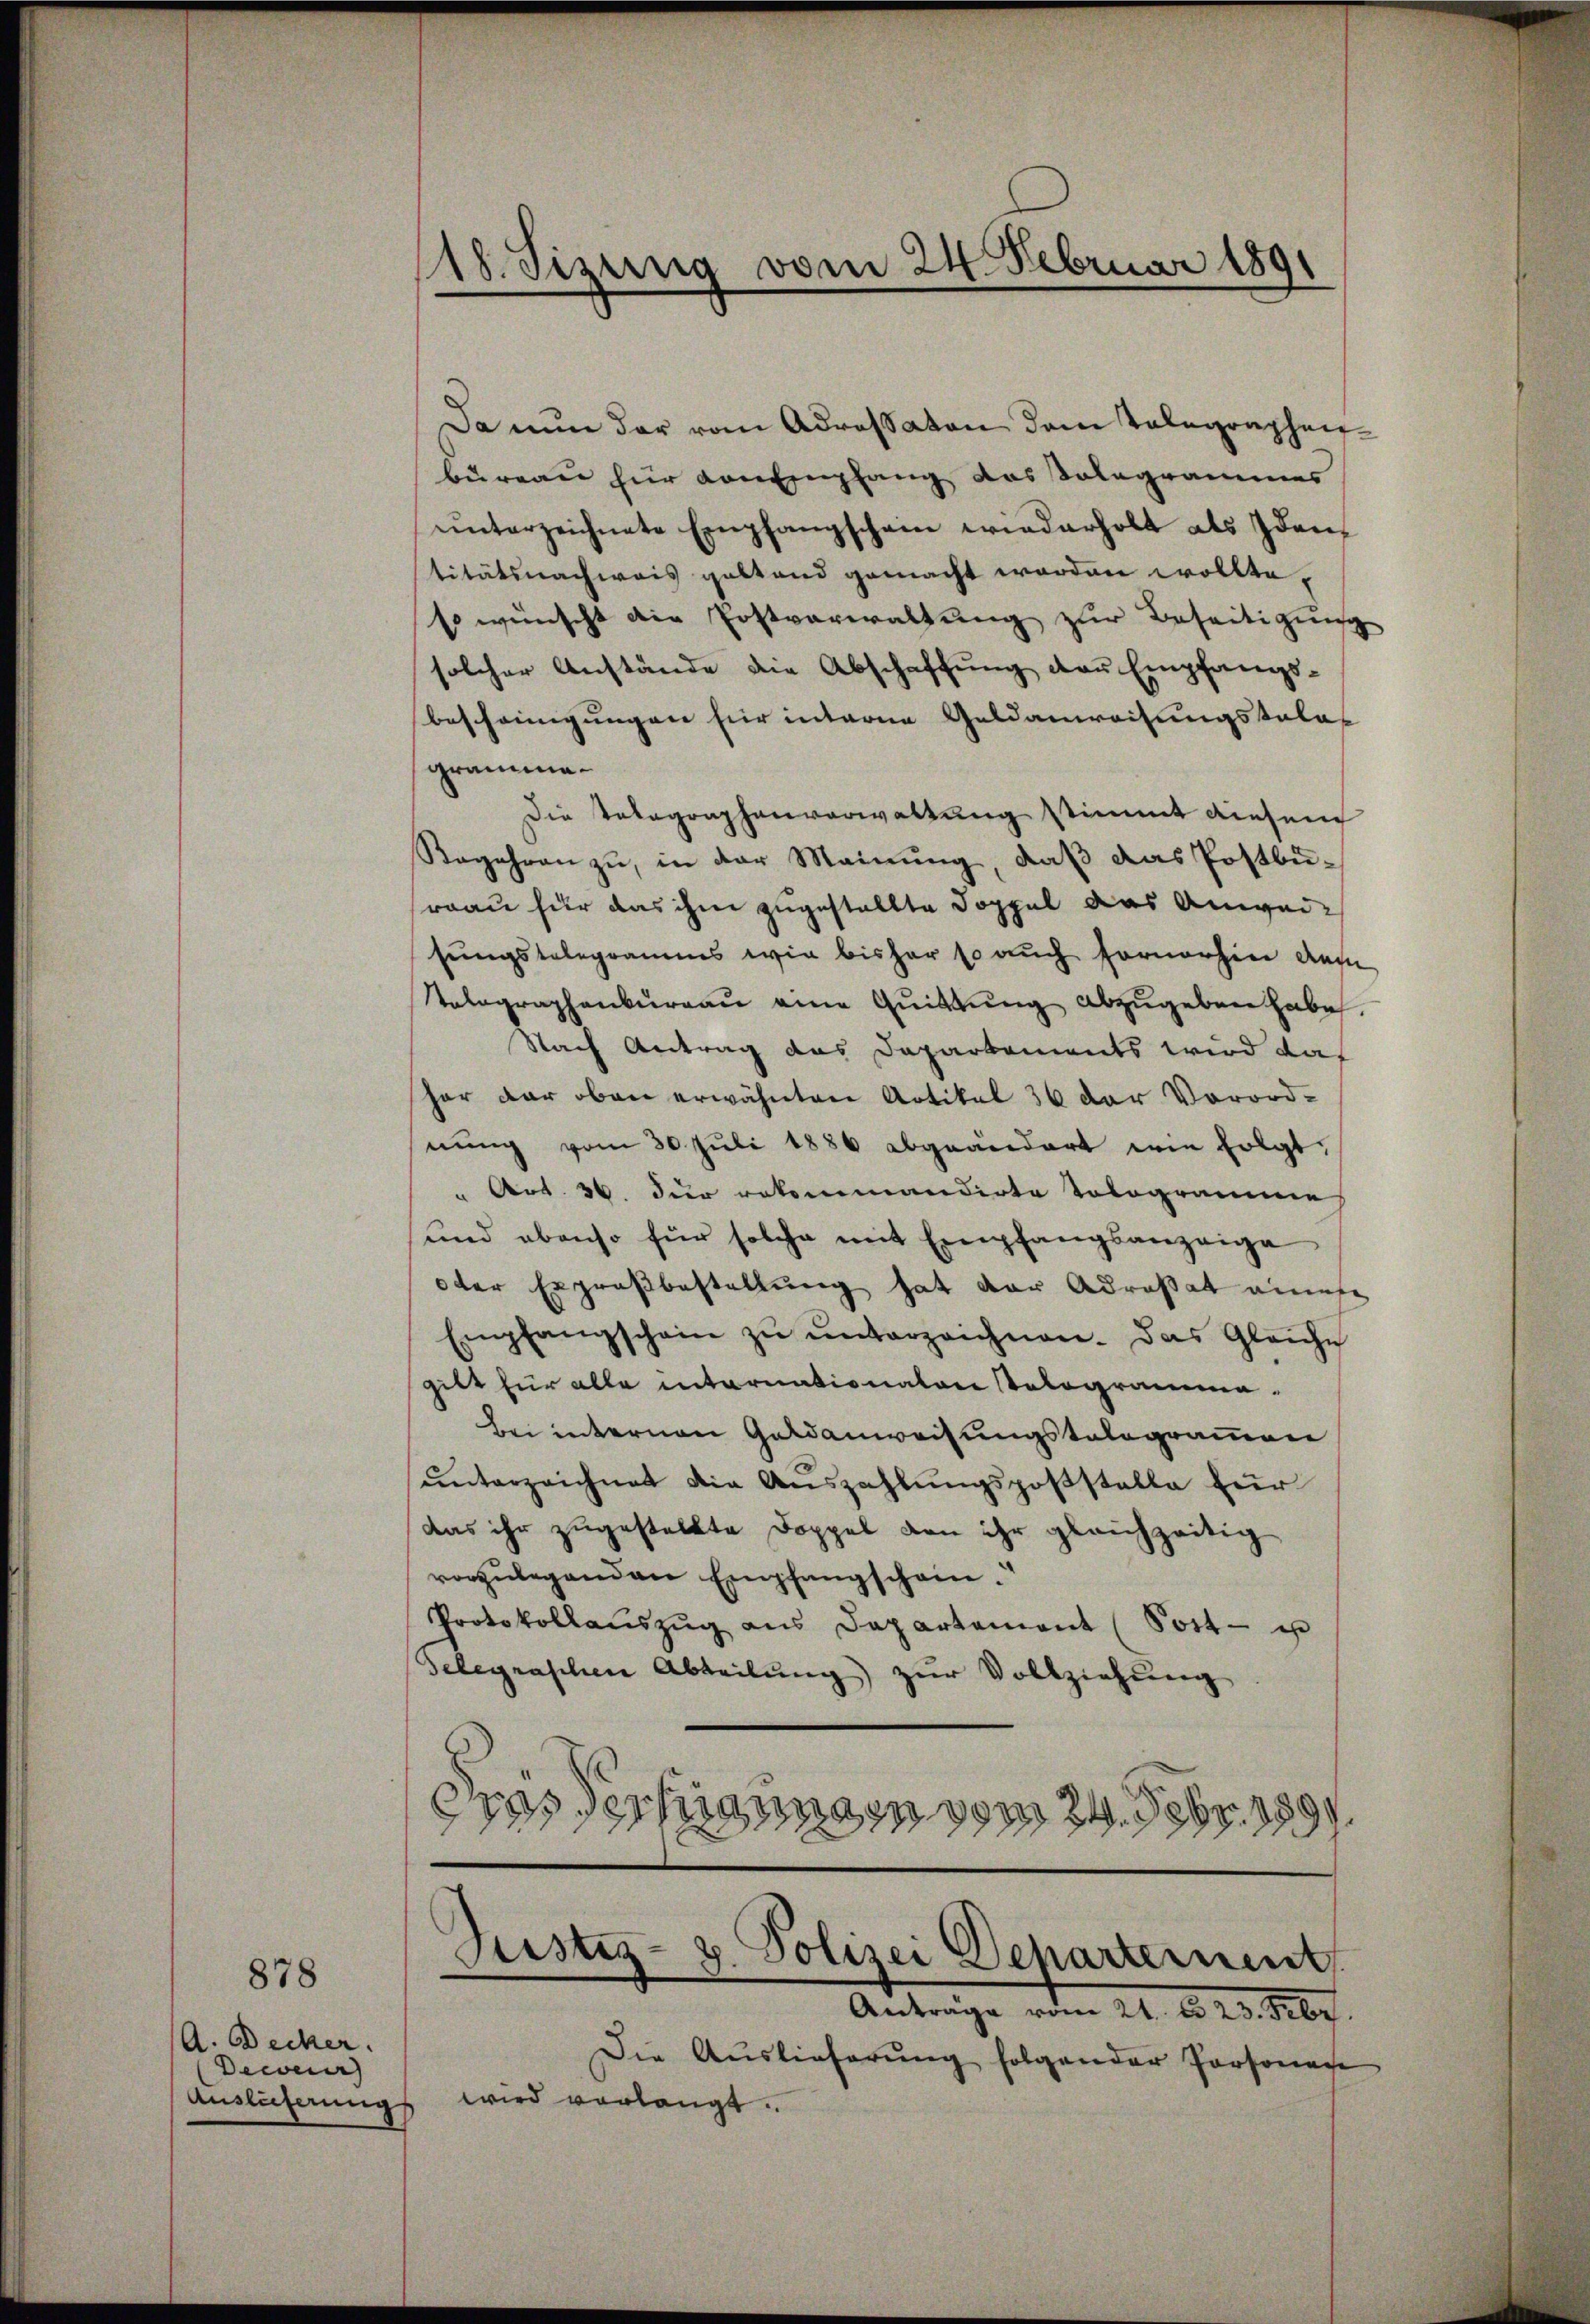
878

A. Decker.
Dewen
Auslieferung

Da nun der vom Adressaten dem Telegraphen-
bureau für von Empfang das Kolegrammes
ŭnterzeichnete Empfangschein wiederholt als Idan-
titätsnachweis gestand gemacht worden wollte,
s wünscht die Postverwaltŭng zur Beseitigung
solcher Anstände die Abschaffung der Empfangsbescheinigungen hier interne Geldanweisungstales
gramme
Die Telegraphenverwaltung stimmt diesem
Begehren zŭ, in der Meinŭng, daβ das Postburrau für das ihm zugestellte Doppel das Anweisungstelegramms wir bisher so auch fornerhin des
Tolographenbureau eine Quittung abzugeben habe.
Nach Antrag das Departements wird das
Par dar oben erwähnten Artikel 36 der Vorordnung vom 30. Juli 1886 abgeändert wie folgt:
" Art. 36. Der rekommandirte Tologramie
und ebenso für solche mit Empfangsanzeige
oder Ergroßbestellung hat der Adresat einese
Empfangschein zŭ ŭnterzeichnen. Das Gleiche
gibt für alle internationalen Sologramma
bei internen Geldanweisungstalogrammen
ŭnterzeichnet die Auszahlungspoststelle für
das ihr zugestellte Doppel von ihr gleichzeitig
vorzulegenden Empfangschein.
Protokollaŭszŭg ans Departement (Post- u
delegraschen Abteilung zur Vollziehung
das Verfügungen vom 24. Febr. 1891

18. Sizung vom 24. Februar 1891

Justiz- u. Polizei Departement
Anträge vom 21. d. 25. Febr.

Die Auslieferung folgender Personac
wird verlangt.